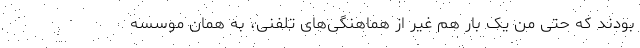
بودند که حتی من یک بار هم غیر از هماهنگی‌های تلفنی، به همان موسسه